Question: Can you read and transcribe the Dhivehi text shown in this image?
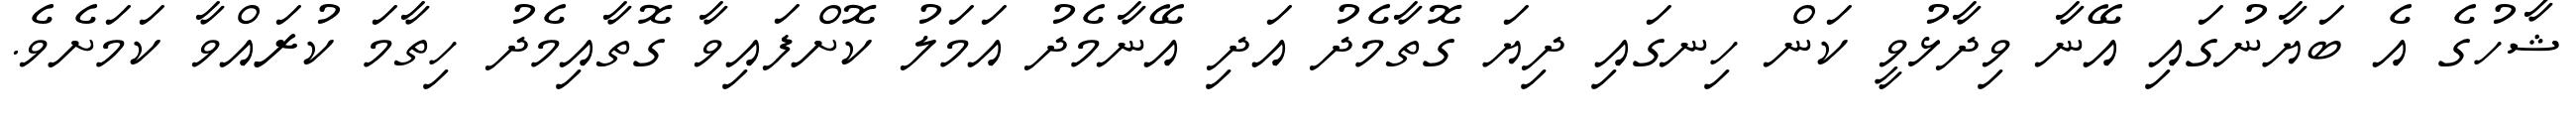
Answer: ޝާހުގެ އެ ބަޔާނުގައި އޭނާ ވިދާޅުވީ ކަން ހިނގައި ދިޔަ ގޮތާމެދު އަދި އޭނާމެދު އަމަލު ކޮށްފައިވާ ގޮތާއިމެދު ހިތާމަ ކުރައްވާ ކަމަށެވެ.